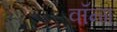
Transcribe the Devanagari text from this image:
वॉन्ग